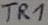
Text: TR1